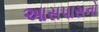
આસપાસનો